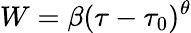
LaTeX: W=\beta(\tau-\tau_{0})^{\theta}